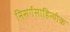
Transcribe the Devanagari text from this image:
निसर्गसाहित्यीक